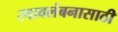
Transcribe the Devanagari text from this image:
स्वावलंबनासाठी